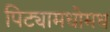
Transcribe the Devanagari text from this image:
पिट्यामधोमध